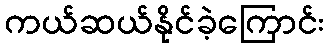
ကယ်ဆယ်နိုင်ခဲ့ကြောင်း